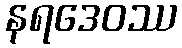
နရဒေဝဿ